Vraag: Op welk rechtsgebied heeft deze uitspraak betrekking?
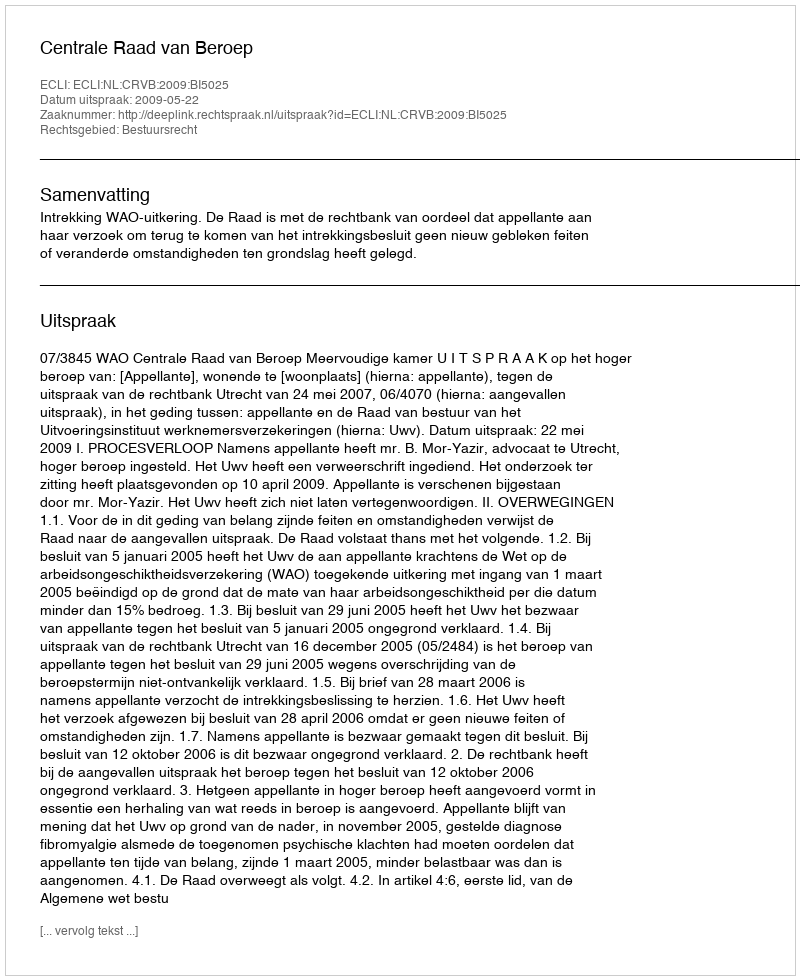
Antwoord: Bestuursrecht